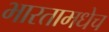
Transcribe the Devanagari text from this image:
भारतामधेच